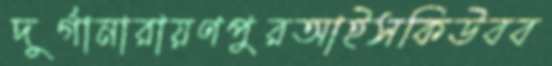
দুর্গানারায়ণপুরআইসকিউবব